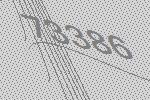
73386